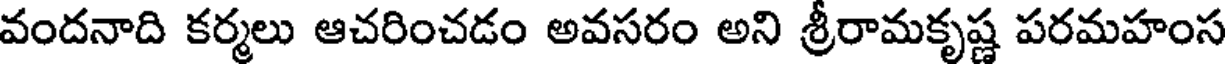
వందనాది కర్మలు ఆచరించడం అవసరం అని శ్రీరామకృష్ణ పరమహంస